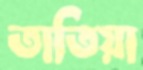
তাতিয়া